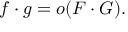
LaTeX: f \cdot g = o ( F \cdot G ) .